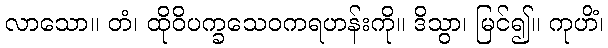
လာသော။ တံ၊ ထိုဝိပက္ခသေဝကရဟန်းကို။ ဒိသွာ၊ မြင်၍။ ကုဟိံ၊